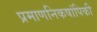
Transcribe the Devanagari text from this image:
प्रमाणनिकषांपिकी